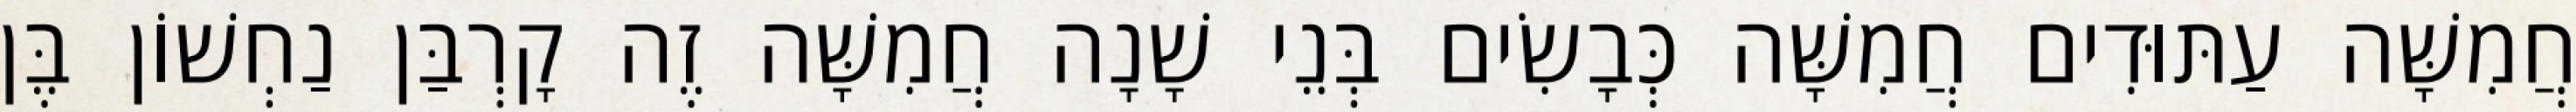
חֲמִשָּׁה עַתּוּדִים חֲמִשָּׁה כְּבָשִׂים בְּנֵי שָׁנָה חֲמִשָּׁה זֶה קָרְבַּן נַחְשׁוֹן בֶּן